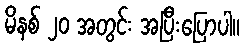
မိနစ် ၂၀ အတွင်း အပြီးပြောပါ။